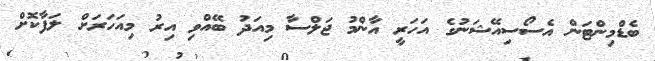
ބެޑްމިންޓަން އެސޯސިއޭޝަނުގެ އަހަރީ އާންމު ޖަލްސާ މިއަދު ބޭއްވި އިރު މިއަހަރަށް ލަފާކޮށް